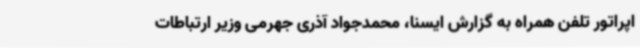
اپراتور تلفن همراه به گزارش ایسنا، محمدجواد آذری جهرمی وزیر ارتباطات